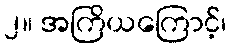
၂။ အကြိယကြောင့်၊